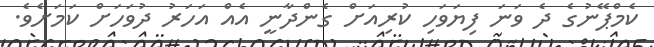
ކެމްޕޭނުގެ ދެ ވަނަ ފިޔަވަހި ކުރިއަށް ގެންދާނީ އެއް އަހަރު ދުވަހަށް ކަމަށެވެ.